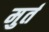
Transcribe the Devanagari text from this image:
मुर्त